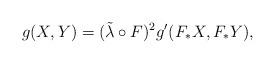
LaTeX: \begin{align*} g(X,Y) = ({\tilde \lambda} \circ F)^2 g'(F_* X, F_* Y), \end{align*}